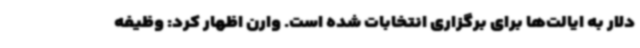
دلار به ایالت‌ها برای برگزاری انتخابات شده است. وارن اظهار کرد: وظیفه